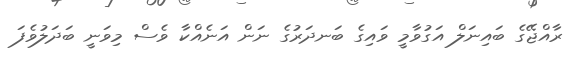
ރާއްޖޭގެ ބައިނަލް އަގުވާމީ ވައިގެ ބަނދަރުގެ ނަން އަނެއްކާ ވެސް މިވަނީ ބަދަލުވެފަ